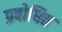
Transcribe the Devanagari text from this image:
प्रबोधित